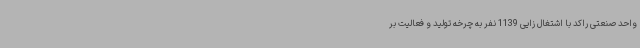
واحد صنعتی راکد با اشتغال زایی 1139 نفر به چرخه تولید و فعالیت بر